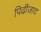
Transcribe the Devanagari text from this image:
पिढीजाद